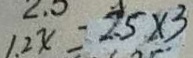
1 . 2 x = 2 . 5 \times 3